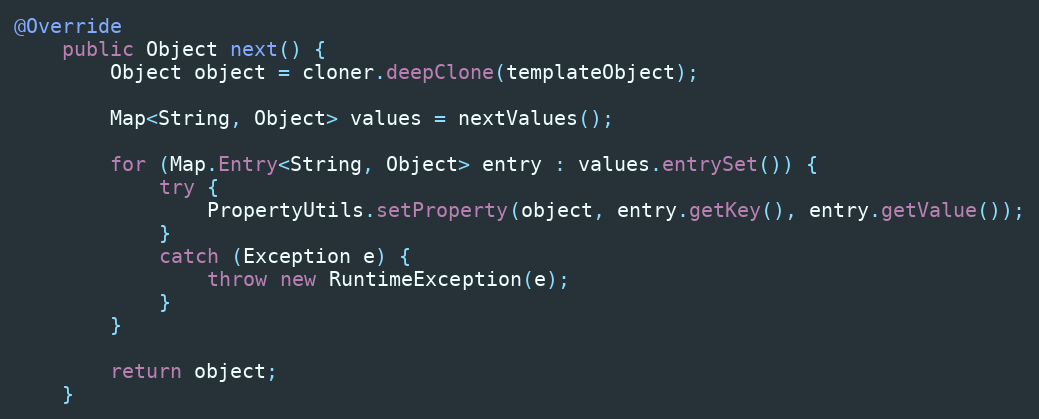
Language: Java
@Override
	public Object next() {
		Object object = cloner.deepClone(templateObject);

		Map<String, Object> values = nextValues();

		for (Map.Entry<String, Object> entry : values.entrySet()) {
			try {
				PropertyUtils.setProperty(object, entry.getKey(), entry.getValue());
			}
			catch (Exception e) {
				throw new RuntimeException(e);
			}
		}

		return object;
	}